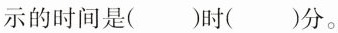
示的时间是()时()分。